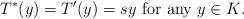
LaTeX: \begin{align*}T^*(y)=T^\prime(y)=sy\ \mbox{for any $y\in K$}.\end{align*}